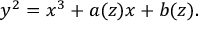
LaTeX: y ^ { 2 } = x ^ { 3 } + a ( z ) x + b ( z ) .